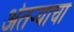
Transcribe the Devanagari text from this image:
अंतऱ्याचा